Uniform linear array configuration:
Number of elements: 48
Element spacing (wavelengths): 1
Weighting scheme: cosine
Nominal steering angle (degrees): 0
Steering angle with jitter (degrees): -1.964
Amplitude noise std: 0.05
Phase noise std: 0.05

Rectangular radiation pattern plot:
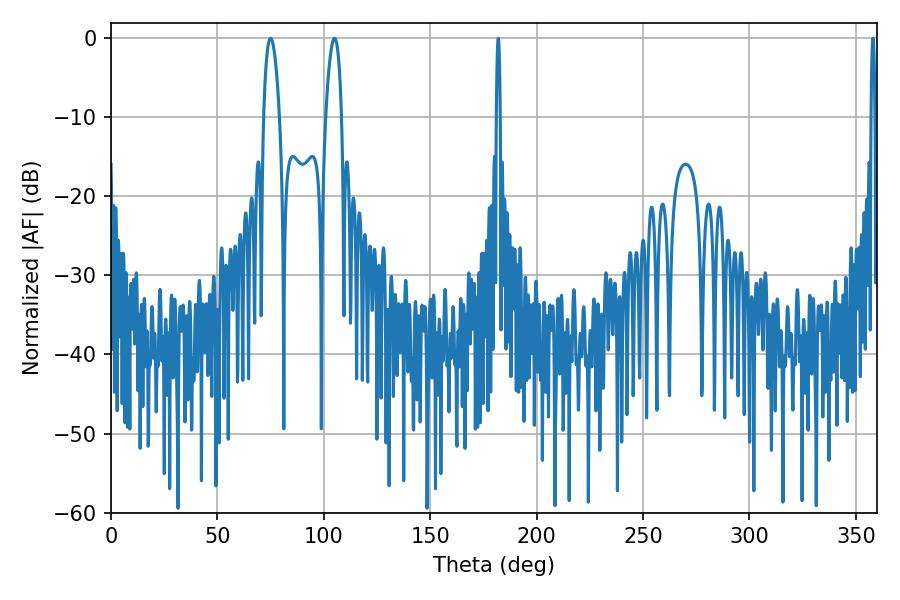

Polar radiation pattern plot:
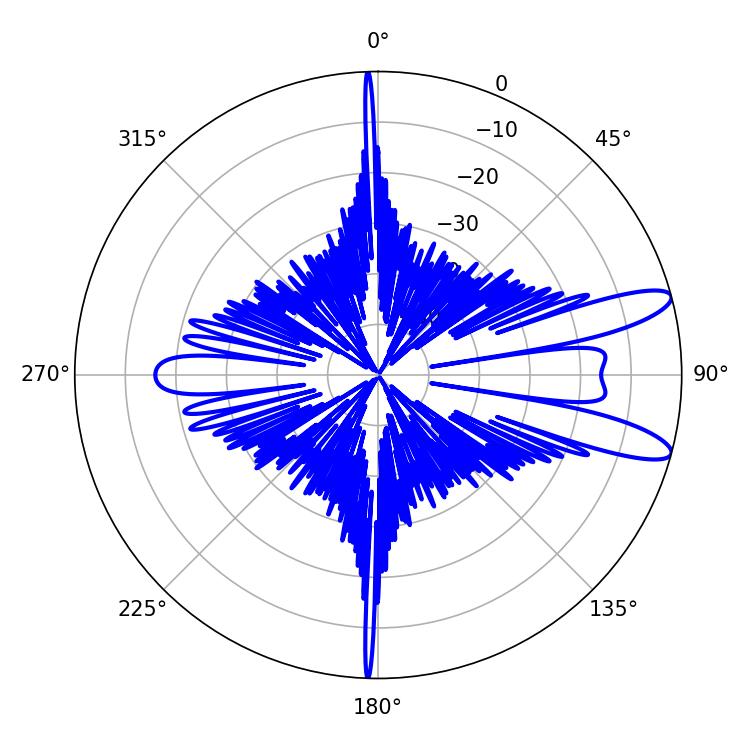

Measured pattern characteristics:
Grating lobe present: TRUE
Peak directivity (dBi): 11.148
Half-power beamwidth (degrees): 0.9
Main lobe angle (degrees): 358.02